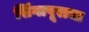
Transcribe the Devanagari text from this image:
सिंगापूराचा